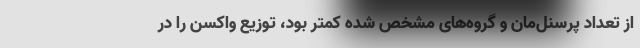
از تعداد پرسنل‌مان و گروه‌های مشخص شده کمتر بود، توزیع واکسن را در